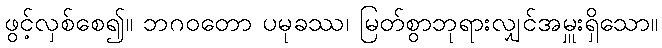
ဖွင့်လှစ်စေ၍။ ဘဂဝတော ပမုခဿ၊ မြတ်စွာဘုရားလျှင်အမှူးရှိသော။